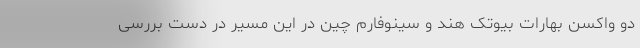
دو واکسن بهارات بیوتک هند و سینوفارم چین در این مسیر در دست بررسی